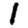
Digit: 1